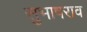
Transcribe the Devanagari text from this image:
सुभाषराव